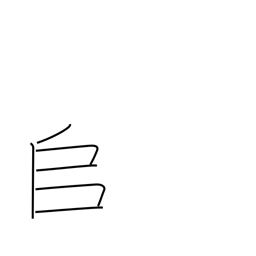
Meaning: to pile up